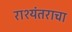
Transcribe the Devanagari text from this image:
राश्यंतराचा